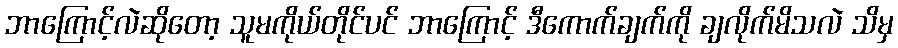
ဘာကြောင့်လဲဆိုတော့ သူမကိုယ်တိုင်ပင် ဘာကြောင့် ဒီကောက်ချက်ကို ချလိုက်မိသလဲ သိမှ